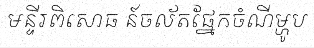
មន្ទីរពិសោធ ន៍ចល័តផ្នែកចំណីម្ហូប